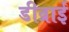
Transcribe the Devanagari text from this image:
डीव्राई